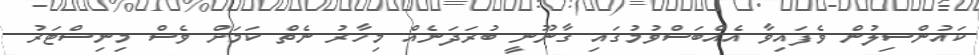
ކައުންސިލުން ވެފައިވާ އެއްބަސްވުމުގައި ގާނޫނީ ބުރަދަނެއް މިހާރު ނެތް ކަމަށް ވެސް މިނިސްޓަރު